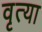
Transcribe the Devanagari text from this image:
वृत्या